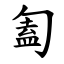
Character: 㔩